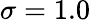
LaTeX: \sigma=1.0